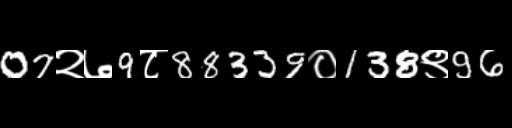
Text: 07२७9८88339०138९96